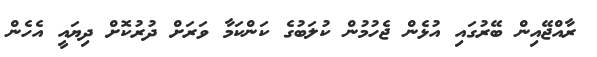
ރާއްޖޭއިން ބޭރުގައި އުޅެން ޖެހުމުން ކުލަބުގެ ކަންކަމާ ވަރަށް ދުރުކޮށް ދިޔައީ އެހެން